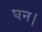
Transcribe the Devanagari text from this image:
घन।